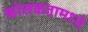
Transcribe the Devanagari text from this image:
कोलकतामध्ये